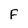
Character: F